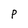
Character: p